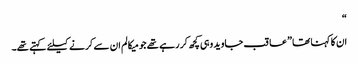
“
ان کا کہنا تھا ”عاقب جاوید وہی کچھ کر رہے تھے جو میکالم ان سے کرنے کیلئے کہتے تھے۔